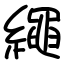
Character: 繩